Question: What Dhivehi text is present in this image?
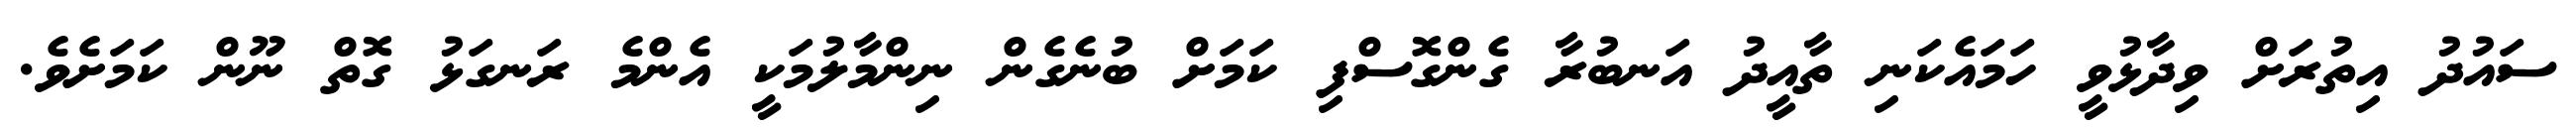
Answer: ސައުދު އިތުރަށް ވިދާޅުވީ ހަމައެކަނި ތާއީދު އަނބުރާ ގެންގޮސްފި ކަމަށް ބުނެގެން ނިންމާލުމަކީ އެންމެ ރަނގަޅު ގޮތް ނޫން ކަމަށެވެ.